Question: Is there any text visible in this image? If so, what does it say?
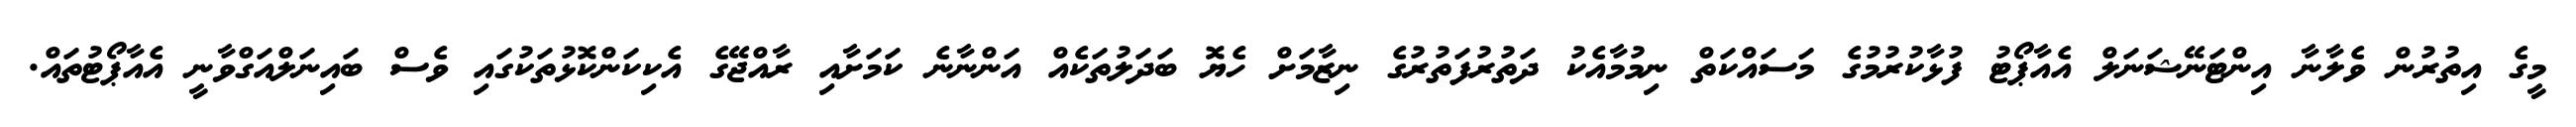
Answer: މީގެ އިތުރުން ވެލާނާ އިންޓަނޭޝަނަލް އެއާޕޯޓު ފުޅާކުރުމުގެ މަސައްކަތް ނިމުމާއެކު ދަތުރުފަތުރުގެ ނިޒާމަށް ހެޔޮ ބަދަލުތަކެއް އަންނާނެ ކަމަށާއި ރާއްޖޭގެ އެކިކަންކޮޅުތަކުގައި ވެސް ބައިނަލްއަގްވާނީ އެއާޕޯޓުތައް.